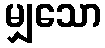
မျှသော